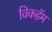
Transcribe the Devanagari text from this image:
विकहॅम